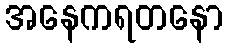
အနေကရတနော